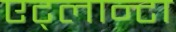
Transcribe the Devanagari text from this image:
एट्लान्टा